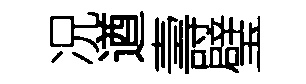
况遒壽璧